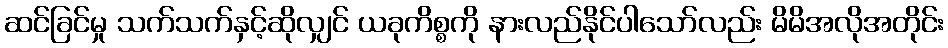
ဆင်ခြင်မှု သက်သက်နှင့်ဆိုလျှင် ယခုကိစ္စကို နားလည်နိုင်ပါသော်လည်း မိမိအလိုအတိုင်း